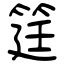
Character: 筳